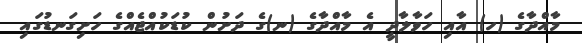
މާއްދާގެ (ހ) އާއި ހަވާލާދީ އެ މާއްދާގެ (ނ)ގެ ދަށުން ކުޑަކުއްޖެއްގެ ހަށިގަނޑުގައި